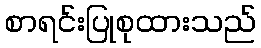
စာရင်းပြုစုထားသည်